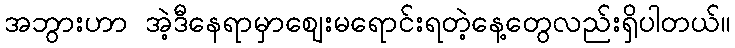
အဘွားဟာ အဲ့ဒီနေရာမှာဈေးမရောင်းရတဲ့နေ့တွေလည်းရှိပါတယ်။